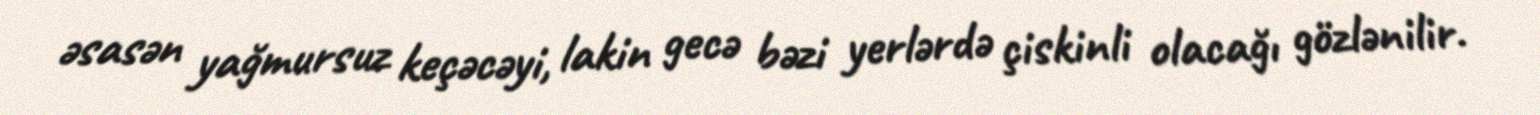
əsasən yağmursuz keçəcəyi, lakin gecə bəzi yerlərdə çiskinli olacağı gözlənilir.